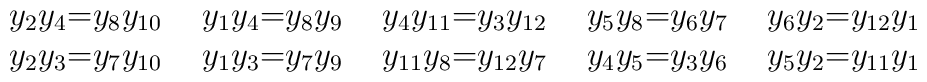
\begin{array}{r@{=}l@{\hspace{5mm}}                r@{=}l@{\hspace{5mm}}                r@{=}l@{\hspace{5mm}}                r@{=}l@{\hspace{5mm}}                r@{=}l@{\hspace{5mm}}}    y_{2} y_{4}  & y_{8} y_{10} &    y_{1} y_{4}  & y_{8} y_{9}  &    y_{4} y_{11} & y_{3} y_{12} &    y_{5} y_{8}  & y_{6} y_{7}  &    y_{6} y_{2}  & y_{12} y_{1}   \\    y_{2} y_{3}  & y_{7} y_{10} &    y_{1} y_{3}  & y_{7} y_{9}  &    y_{11} y_{8} & y_{12} y_{7} &    y_{4} y_{5}  & y_{3} y_{6}  &    y_{5} y_{2}  & y_{11} y_{1}  \end{array}